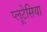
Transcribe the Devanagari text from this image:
प्लूटेसिया